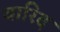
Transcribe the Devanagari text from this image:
वारिद